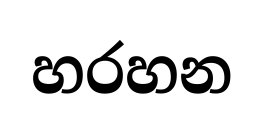
හරහන